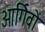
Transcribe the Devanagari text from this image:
आर्गिवों